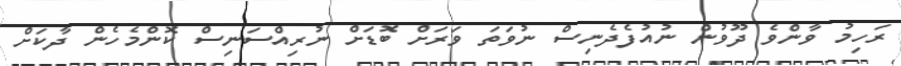
ރަހިމު ވާންވެ ދޫވުން ނުއުފެދެނިސް ނުވަތަ ވަރަށް ބޮޑަށް ނުރިއްސަނިސް ކޮންމެހެން ދާކަށް